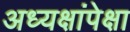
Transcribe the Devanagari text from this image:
अध्यक्षांपेक्षा